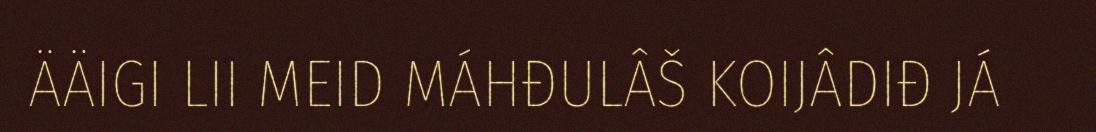
ÄÄIGI LII MEID MÁHĐULÂŠ KOIJÂDIĐ JÁ